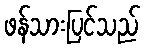
ဖန်သားပြင်သည်